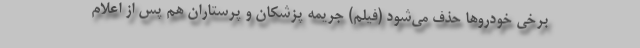
برخی خودرو‌ها حذف می‌شود (فیلم) جریمه پزشکان و پرستاران هم پس از اعلام